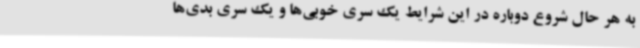
به هر حال شروع دوباره در این شرایط یک سری خوبی‌ها و یک سری بدی‌ها